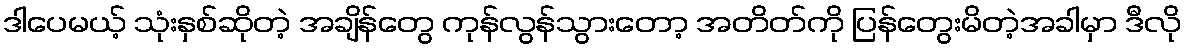
ဒါပေမယ့် သုံးနှစ်ဆိုတဲ့ အချိန်တွေ ကုန်လွန်သွားတော့ အတိတ်ကို ပြန်တွေးမိတဲ့အခါမှာ ဒီလို